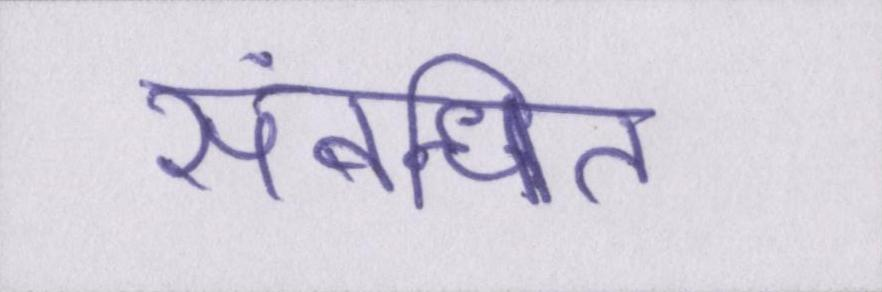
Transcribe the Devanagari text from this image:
संबन्धित